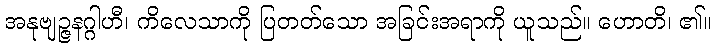
အနုဗျဉ္ဇနဂ္ဂါဟီ၊ ကိလေသာကို ပြတတ်သော အခြင်းအရာကို ယူသည်။ ဟောတိ၊ ၏။